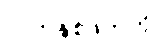
လက်နှစ်ဖက်ကို